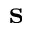
{ \bf s }